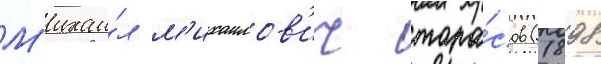
М'ихаи́л м'ихаилов'ич тара́сов (1898